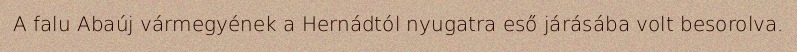
A falu Abaúj vármegyének a Hernádtól nyugatra eső járásába volt besorolva.